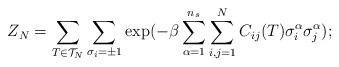
LaTeX: \begin{align*}Z_N = \sum_{T\in{\cal{T}}_N} \sum_{\sigma_i = \pm 1}\exp ( -\beta\sum_{\alpha=1}^{n_s} \sum_{i,j=1}^{N} C_{ij}(T)\sigma_i^{\alpha}\sigma_j^{\alpha});\protect\end{align*}